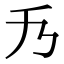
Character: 𠂍